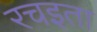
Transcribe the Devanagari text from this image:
रचइता